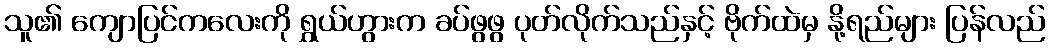
သူ၏ ကျောပြင်ကလေးကို ရွှယ်ဟွားက ခပ်ဖွဖွ ပုတ်လိုက်သည်နှင့် ဗိုက်ထဲမှ နို့ရည်များ ပြန်လည်